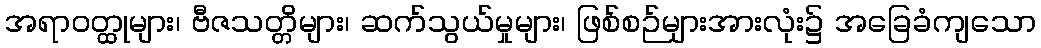
အရာဝတ္ထုများ၊ ဗီဇသတ္တိများ၊ ဆက်သွယ်မှုများ၊ ဖြစ်စဉ်များအားလုံး၌ အခြေခံကျသော